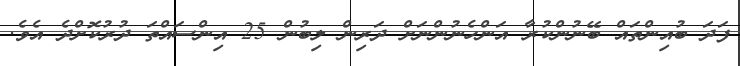
ފަދަ ބުއިންތައް ބޭނުންކުރާ އަންހެނުންނަށް ދަރިން ލިބުން 25 އިންސައްތަ ދުރުކޮށްދެ އެވެ.